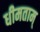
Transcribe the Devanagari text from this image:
धीमताम्‌